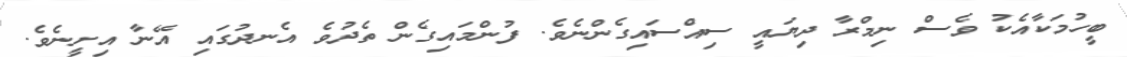
ބީހުމަކާއެކު ވެސް ނިމްރާ ދިޔައީ ސިއްސައިގެންނެވެ. ފުންމައިގެން ތެދުވެ އެނދުގައި އޭނާ އިށީނެވެ.